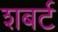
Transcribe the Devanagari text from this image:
शबर्ट